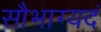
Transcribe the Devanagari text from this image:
सौभाग्यदं